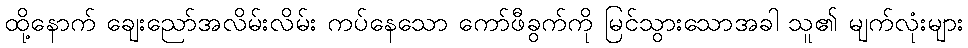
ထို့နောက် ချေးညော်အလိမ်းလိမ်း ကပ်နေသော ကော်ဖီခွက်ကို မြင်သွားသောအခါ သူ၏ မျက်လုံးများ